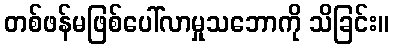
တစ်ဖန်မဖြစ်ပေါ်လာမှုသဘောကို သိခြင်း။